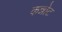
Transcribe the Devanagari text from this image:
कन्नोट